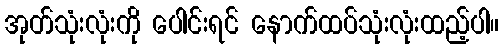
အုတ်သုံးလုံးကို ပေါင်းရင် နောက်ထပ်သုံးလုံးထည့်ပါ။